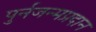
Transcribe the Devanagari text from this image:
पुर्नजन्मप्रदान